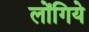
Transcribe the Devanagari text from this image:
लोंगिये